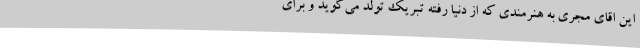
این اقای مجری به هنرمندی که از دنیا رفته تبریک تولد می‌گوید و برای